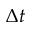
\Delta t